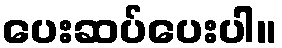
ပေးဆပ်ပေးပါ။